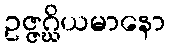
ဥဇ္ဇဂ္ဃိယမာနော